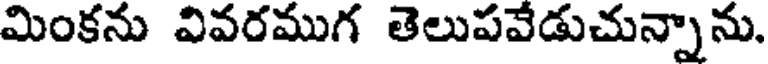
మింకను వివరముగ తెలుపవేడుచున్నాను.